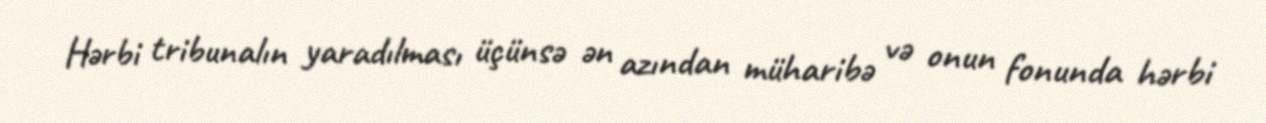
Hərbi tribunalın yaradılması üçünsə ən azından müharibə və onun fonunda hərbi